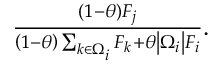
\begin{array} { r } { \frac { \left( 1 - \theta \right) F _ { j } } { \left( 1 - \theta \right) \sum _ { k \in \Omega _ { i } } F _ { k } + \theta \left| \Omega _ { i } \right| F _ { i } } . } \end{array}